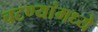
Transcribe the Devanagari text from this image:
चटण्यांमध्ये